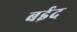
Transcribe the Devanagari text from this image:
बईद